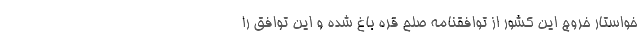
خواستار خروج این کشور از توافقنامه صلح قره باغ شده و این توافق را